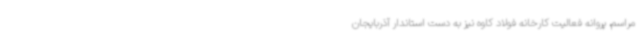
مراسم، پروانه فعالیت کارخانه فولاد کاوه نیز به دست استاندار آذربایجان